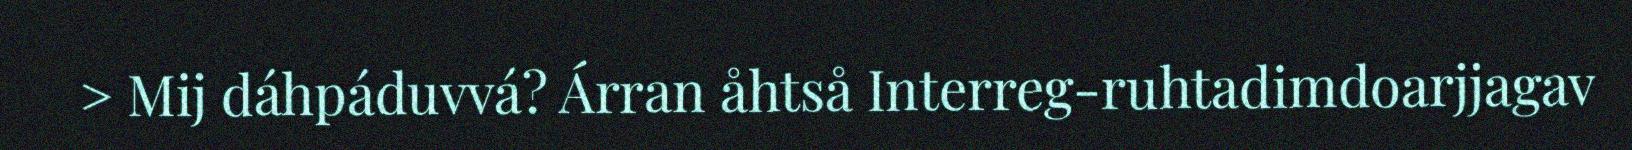
> Mij dáhpáduvvá? Árran åhtså Interreg-ruhtadimdoarjjagav